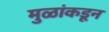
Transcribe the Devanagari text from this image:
मुळांकडून